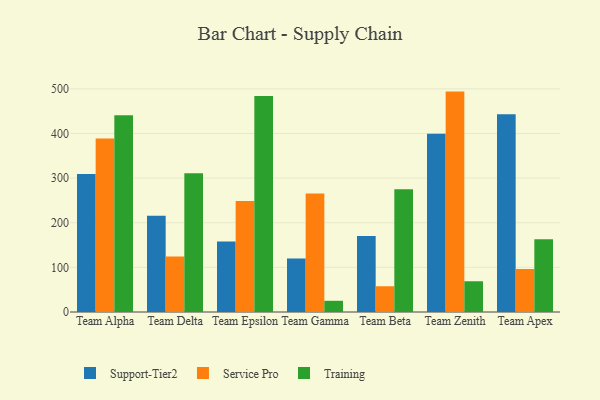
{"axis": {"x": "Team", "y": "Budget (USD K)"}, "legend": ["Service Pro", "Support-Tier2", "Training"], "data": [{"x": "Team Alpha", "y": 309.3, "type": "Support-Tier2"}, {"x": "Team Alpha", "y": 388.8, "type": "Service Pro"}, {"x": "Team Alpha", "y": 440.6, "type": "Training"}, {"x": "Team Delta", "y": 215.9, "type": "Support-Tier2"}, {"x": "Team Delta", "y": 124.3, "type": "Service Pro"}, {"x": "Team Delta", "y": 310.7, "type": "Training"}, {"x": "Team Epsilon", "y": 157.8, "type": "Support-Tier2"}, {"x": "Team Epsilon", "y": 248.8, "type": "Service Pro"}, {"x": "Team Epsilon", "y": 483.8, "type": "Training"}, {"x": "Team Gamma", "y": 119.6, "type": "Support-Tier2"}, {"x": "Team Gamma", "y": 265.6, "type": "Service Pro"}, {"x": "Team Gamma", "y": 25.1, "type": "Training"}, {"x": "Team Beta", "y": 170.1, "type": "Support-Tier2"}, {"x": "Team Beta", "y": 57.7, "type": "Service Pro"}, {"x": "Team Beta", "y": 274.9, "type": "Training"}, {"x": "Team Zenith", "y": 399.6, "type": "Support-Tier2"}, {"x": "Team Zenith", "y": 493.8, "type": "Service Pro"}, {"x": "Team Zenith", "y": 68.9, "type": "Training"}, {"x": "Team Apex", "y": 442.9, "type": "Support-Tier2"}, {"x": "Team Apex", "y": 96.4, "type": "Service Pro"}, {"x": "Team Apex", "y": 162.8, "type": "Training"}]}